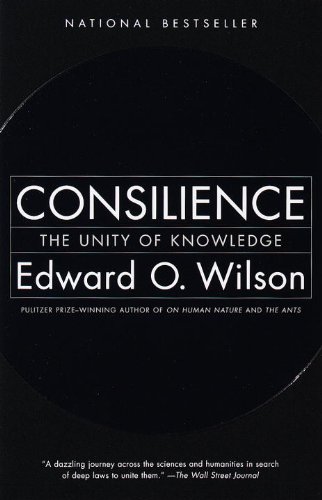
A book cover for Consilience: The Unity of Knowledge; Edward Osborne Wilson; Science & Math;